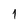
Character: 1